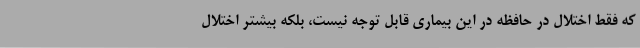
که فقط اختلال در حافظه در این بیماری قابل توجه نیست، بلکه بیشتر اختلال